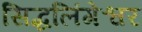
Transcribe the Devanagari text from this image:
सिद्धलिंगेश्वर